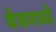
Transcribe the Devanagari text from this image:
वेबमध्ये